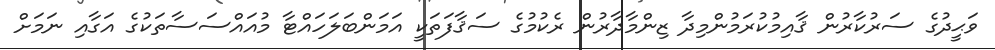
ވަޙީދުގެ ސަރުކާރުން ޤާއިމުކުރަމުންމިދާ ޒިންމާދާރުން ރެކުމުގެ ސަޤާފަތަކީ އަމަންބަލަހައްޓާ މުއައްސަސާތަކުގެ އަގާއި ނަމަށް